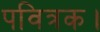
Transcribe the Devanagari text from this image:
पवित्रक।